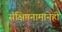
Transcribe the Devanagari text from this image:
संक्षिप्तनामानेही